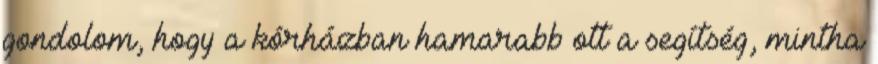
gondolom, hogy a kórházban hamarabb ott a segítség, mintha